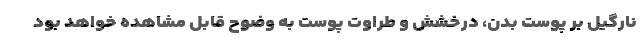
نارگیل بر پوست بدن، درخشش و طراوت پوست به وضوح قابل مشاهده خواهد بود